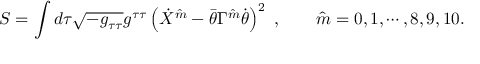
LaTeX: S = \int d \tau \sqrt { - g _ { \tau \tau } } g ^ { \tau \tau } \left( \dot { X } ^ { \hat { m } } - \bar { \theta } \Gamma ^ { \hat { m } } \dot { \theta } \right) ^ { 2 } \ , \qquad \hat { m } = 0 , 1 , \cdots , 8 , 9 , 1 0 .